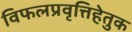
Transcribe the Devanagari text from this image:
विफलप्रवृत्तिहेतुक